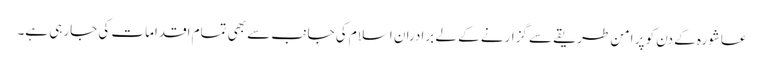
عاشورہ کے دن کو پر امن طریقے سے گزارنے کے لے برادران اسلام کی جانب سے بھی تمام اقدامات کی جارہی ہے۔